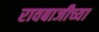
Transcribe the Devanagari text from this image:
रावबाजीच्या